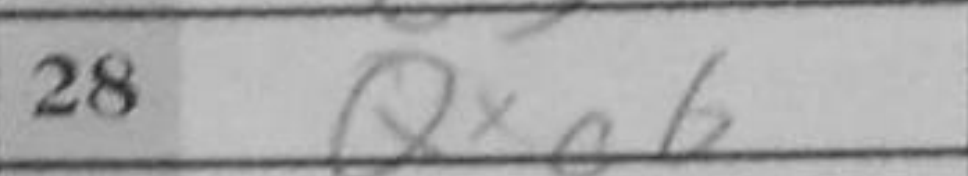
Transcription: Qxc6